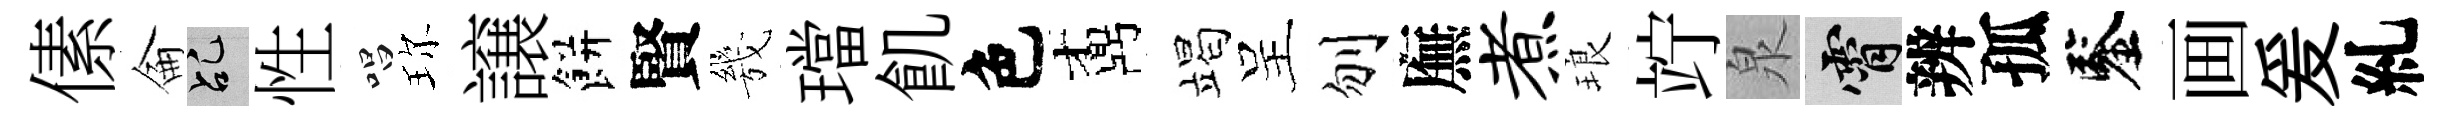
傃侖乩性唱珎譲餅賢㡬璫飢色鼒竭呈刎廡煮琅竚泉霄辨孤鑒画爰糺